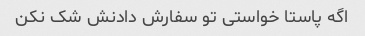
اگه پاستا خواستی تو سفارش دادنش شک نکن